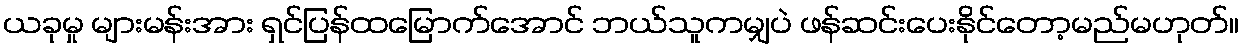
ယခုမှု များမန်းအား ရှင်ပြန်ထမြောက်အောင် ဘယ်သူကမျှပဲ ဖန်ဆင်းပေးနိုင်တော့မည်မဟုတ်။